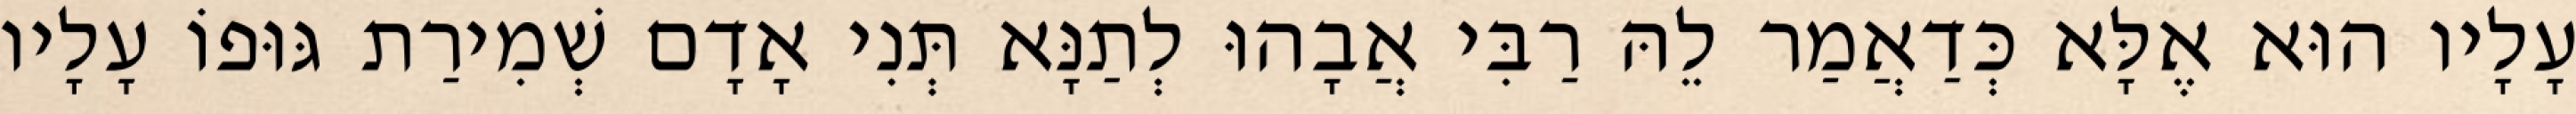
עָלָיו הוּא אֶלָּא כְּדַאֲמַר לֵהּ רַבִּי אֲבָהוּ לְתַנָּא תְּנִי אָדָם שְׁמִירַת גּוּפוֹ עָלָיו